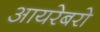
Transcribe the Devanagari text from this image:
आयरेबरो